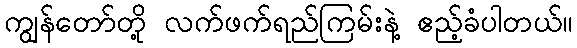
ကျွန်တော်တို့ လက်ဖက်ရည်ကြမ်းနဲ့ ဧည့်ခံပါတယ်။